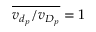
\overline { { v _ { d _ { p } } / v _ { D _ { p } } } } = 1